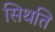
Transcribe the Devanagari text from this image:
सिथति